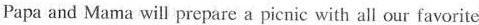
Papa and Mama will prepare a picnic with all our favorite